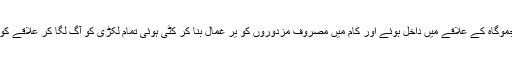
ذرائع کے مطابق دن پانچ بجے کے قریب نامعلوم مسلح افراد اچانک جموگاہ کے علاقے میں داخل ہوئے اور کام میں مصروف مزدوروں کو یر غمال بنا کر کٹی ہوئی تمام لکڑی کو آگ لگا کر علاقے کو حصار میں لے لیا اور مورچہ زن ہوکر آمد ورفت معطل کر دی ہے۔